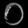
Digit: ၀